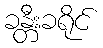
ခန္တီးခရိုင်